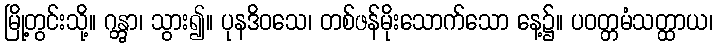
မြို့တွင်းသို့။ ဂန္တွာ၊ သွား၍။ ပုနဒိဝသေ၊ တစ်ဖန်မိုးသောက်သော နေ့၌။ ပဝတ္တမံသတ္ထာယ၊